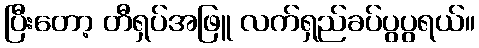
ပြီးတော့ တီရှပ်အဖြူ လက်ရှည်ခပ်ပွပွရယ်။